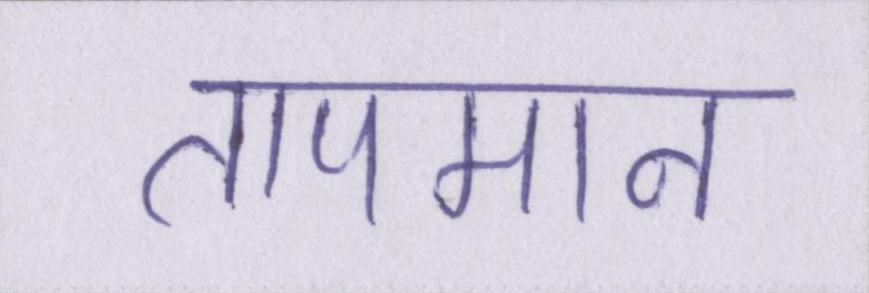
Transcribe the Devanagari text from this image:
तापमान